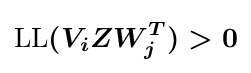
{\boldsymbol {{\text{LL}}(V_{i}ZW_{j}^{T})>0}}